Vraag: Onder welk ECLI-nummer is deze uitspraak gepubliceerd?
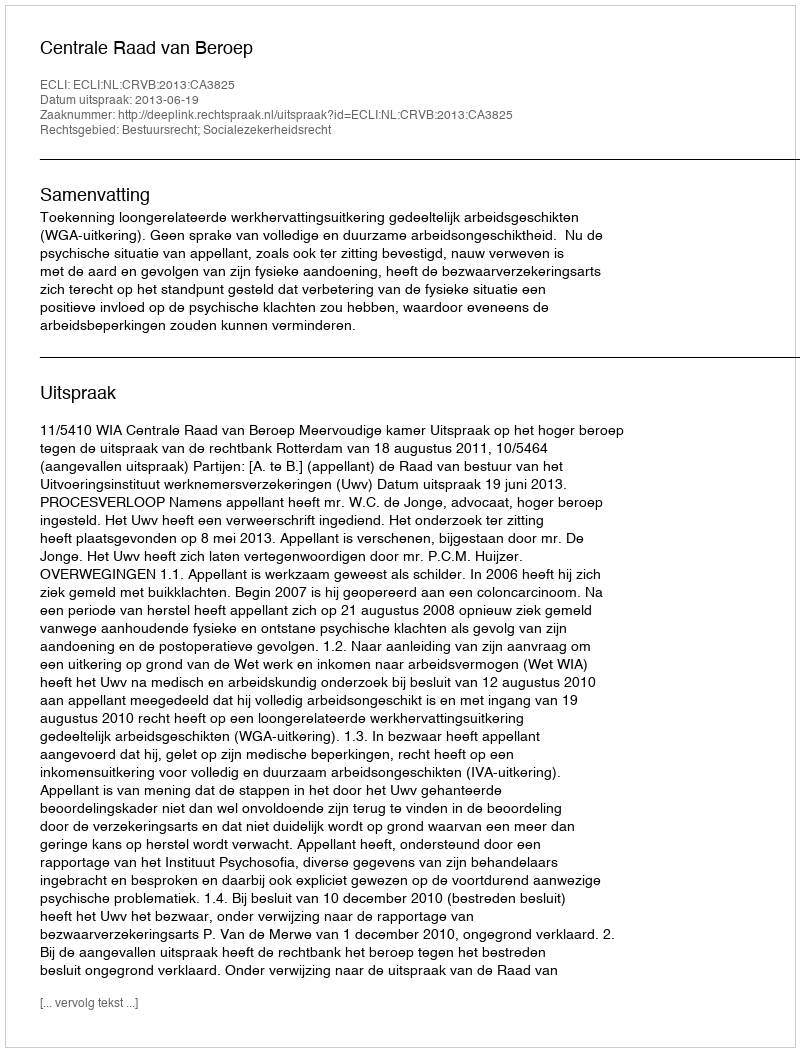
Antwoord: ECLI:NL:CRVB:2013:CA3825